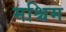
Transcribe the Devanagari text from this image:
मश्चिम